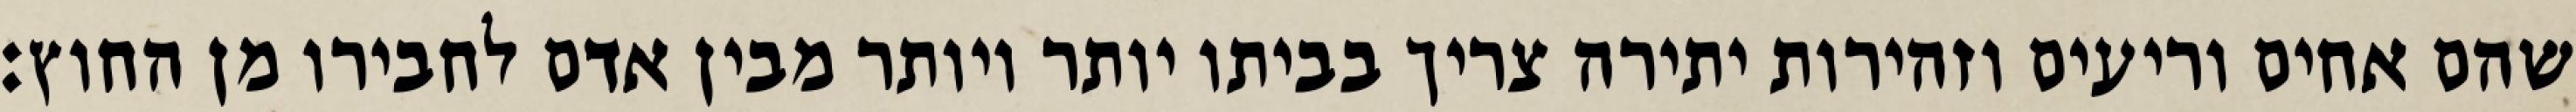
שהם אחים וריעים וזהירות יתירה צריך בביתו יותר ויותר מבין אדם לחבירו מן החוץ: